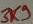
Text: 3K7